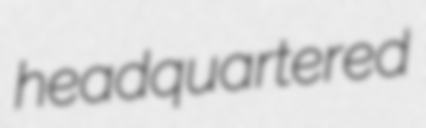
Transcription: headquartered